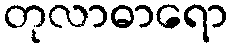
တုလာဓာရော